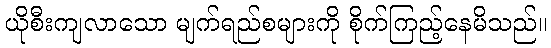
ယိုစီးကျလာသော မျက်ရည်စများကို စိုက်ကြည့်နေမိသည်။